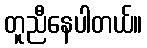
တူညီနေပါတယ်။